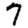
Digit: 7